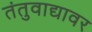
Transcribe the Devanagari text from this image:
तंतुवाद्यावर